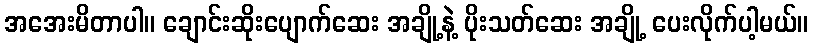
အအေးမိတာပါ။ ချောင်းဆိုးပျောက်ဆေး အချို့နဲ့ ပိုးသတ်ဆေး အချို့ ပေးလိုက်ပါ့မယ်။